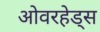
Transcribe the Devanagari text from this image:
ओवरहेड्स